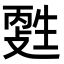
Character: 𤯳